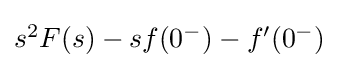
{\textstyle s^{2}F(s)-sf(0^{-})-f'(0^{-})\ }